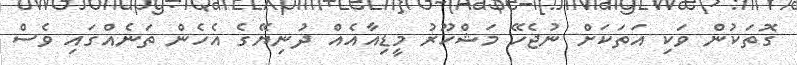
ގޮތަކުން ވަކި އަތަކަށް ނުޖެހޭ މަޝްހޫރު މީޑިއާއެއް ދުނިޔޭގެ އެހެން ތަނެއްގައި ވެސް